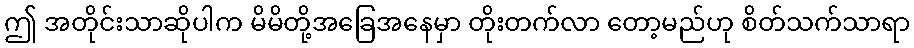
ဤ အတိုင်းသာဆိုပါက မိမိတို့အခြေအနေမှာ တိုးတက်လာ တော့မည်ဟု စိတ်သက်သာရာ